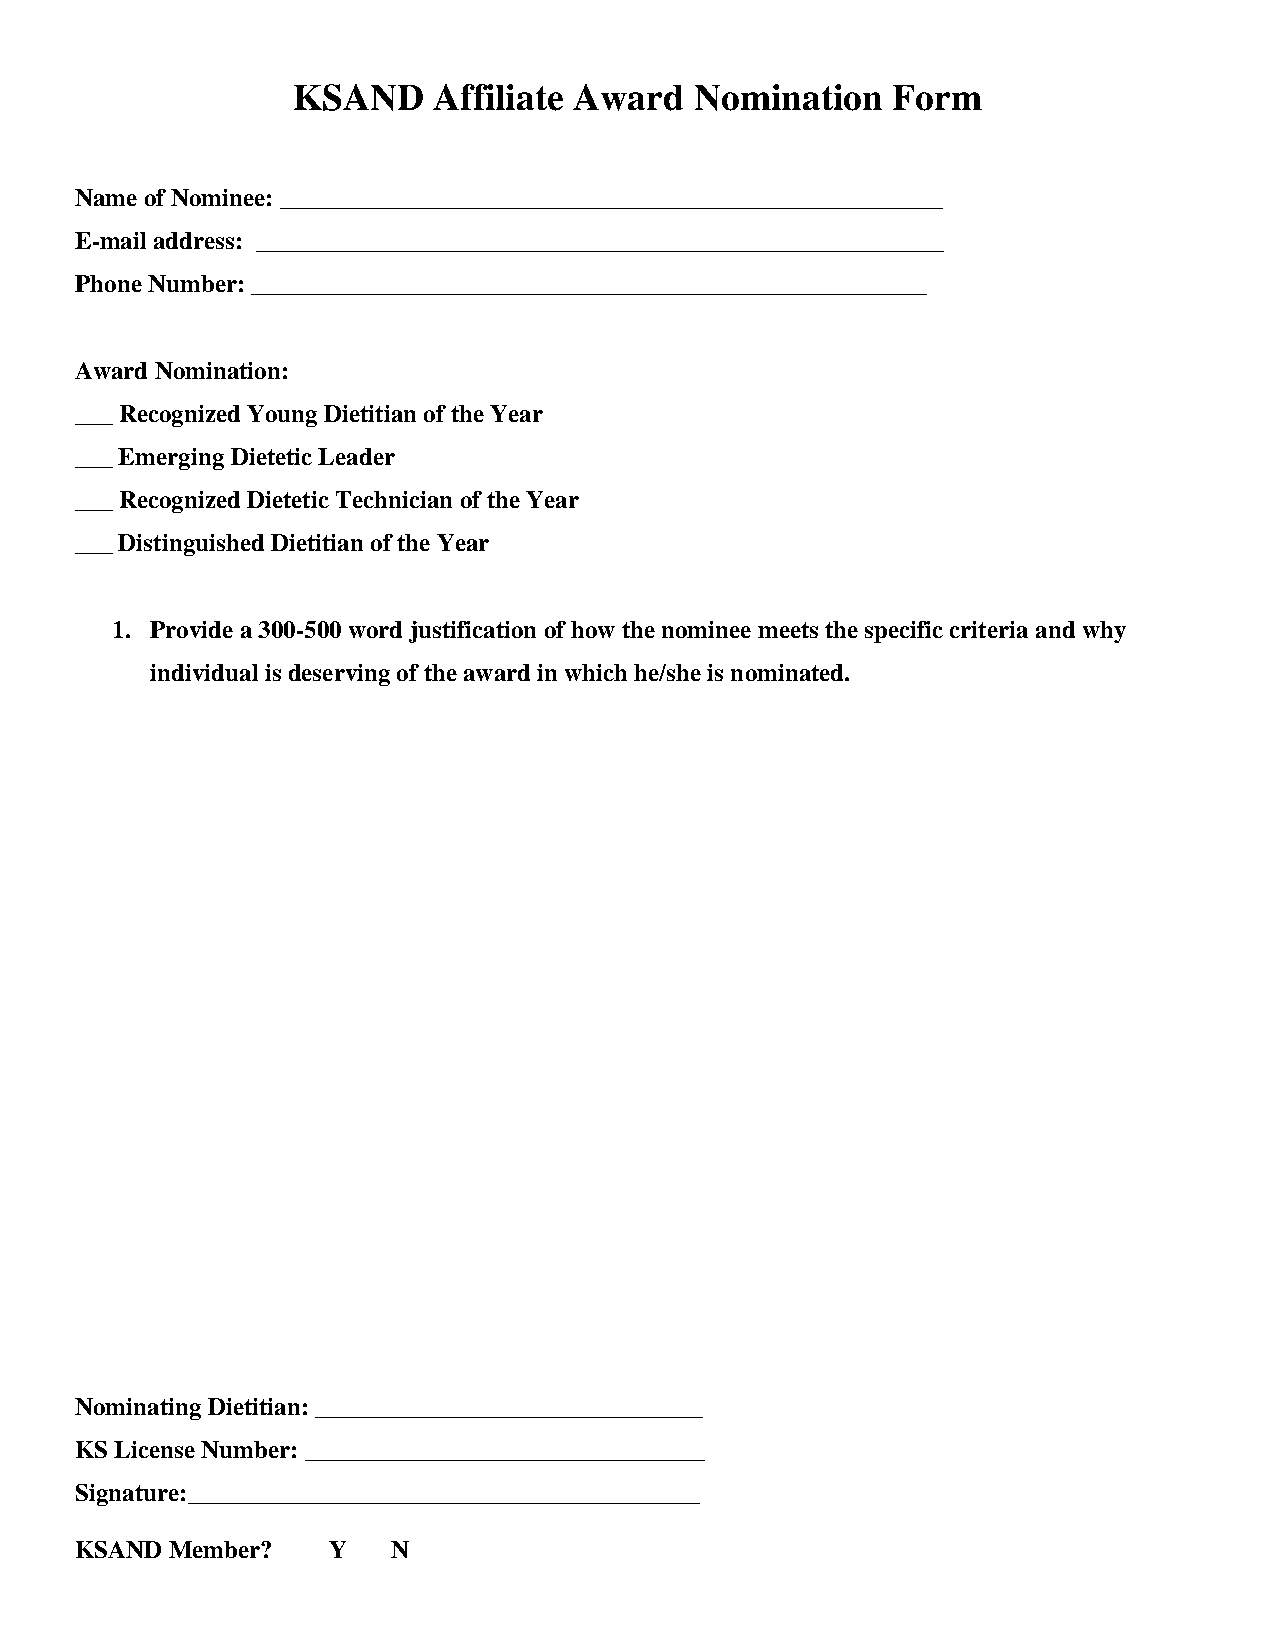
KSAND     Affiliate Award  Nomination   Form
 Name of Nominee: _____________________________________________________
 E-mail address: _______________________________________________________
 Phone Number: ______________________________________________________
 Award Nomination:
 ___ Recognized Young Dietitian of the Year
 ___ Emerging Dietetic Leader
 ___ Recognized Dietetic Technician of the Year
 ___ Distinguished Dietitian of the Year
 1. Provide a 300-500 word justification of how the nominee meets the specific criteria and why
 individual is deserving of the award in which he/she is nominated.
 Nominating Dietitian: _______________________________
 KS License Number: ________________________________
 Signature:_________________________________________
 KSAND Member?    Y   N